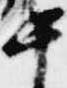
中